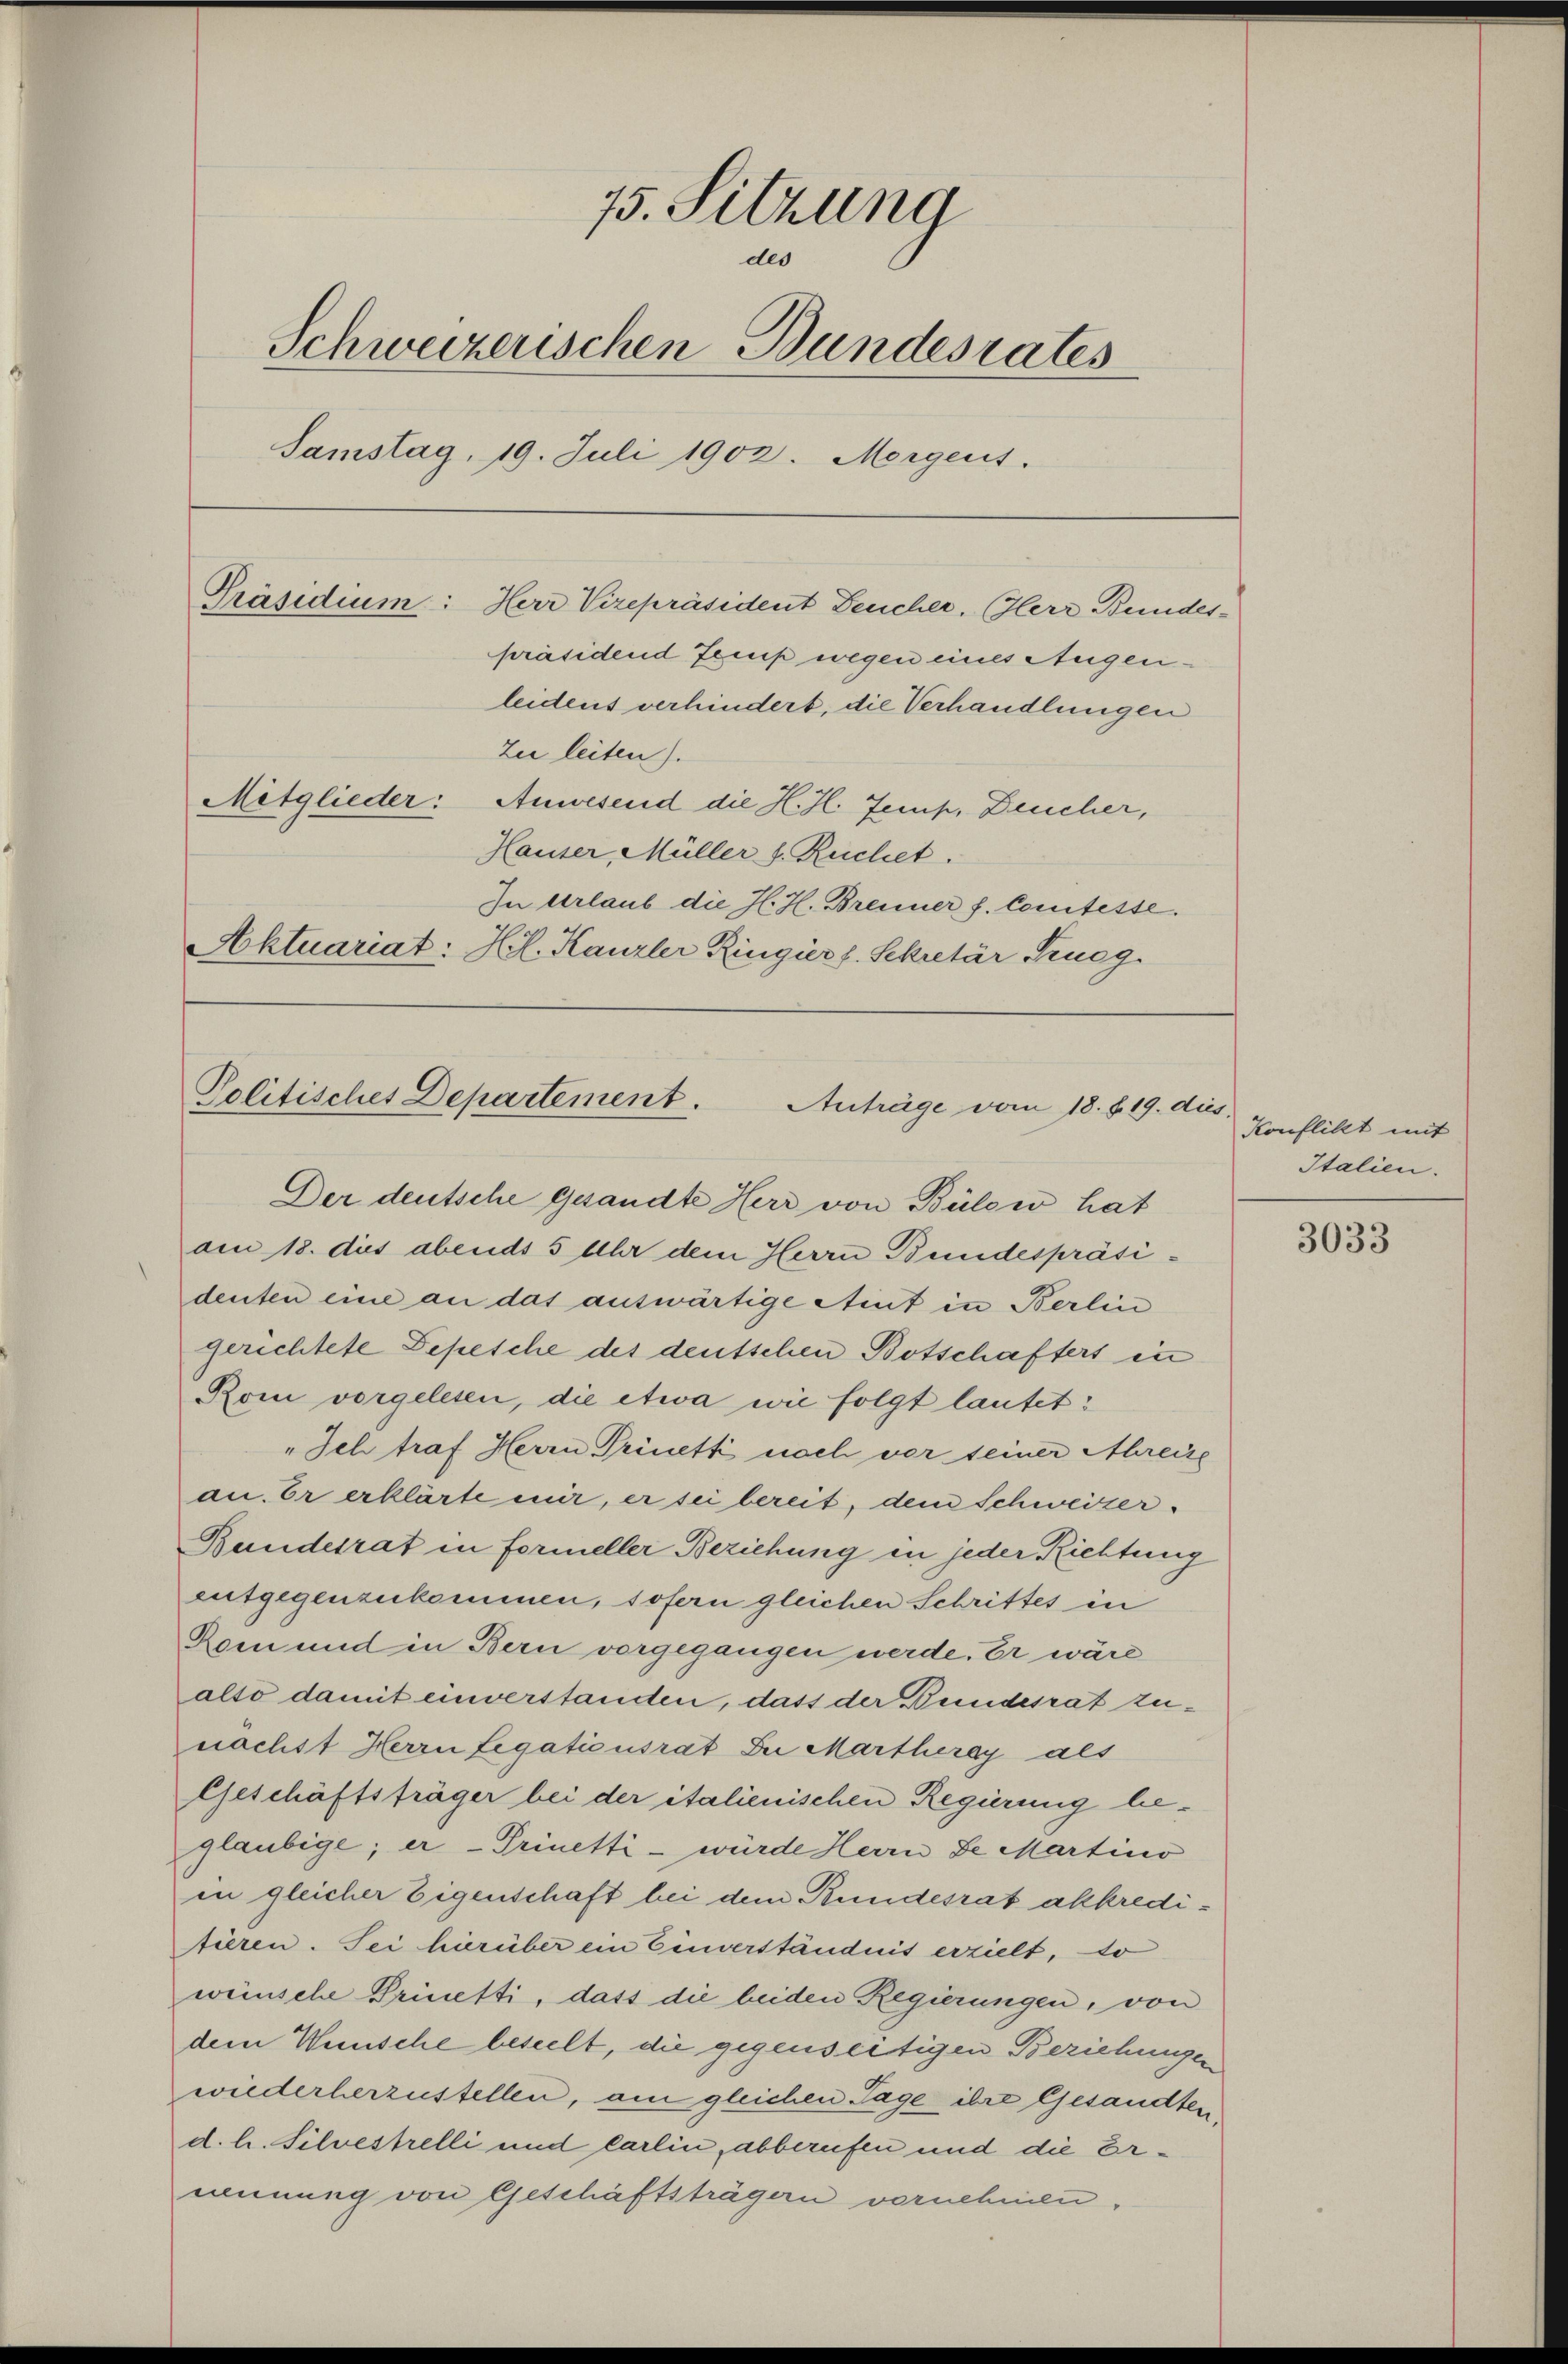
75. Sitzung
des
Schweizerischen Bundesrates
Samstag, 19. Juli 1902. Morgens.
präsidend Zenk wegen eines Augenleidens verhindert, die Verhandlungen
Zee leiten).
Mitglieder: Anwesend die H. H. Zemp, Deucher,
Hauser, Müller s. Ruchet.
In Urlaub die H. H. Brenner f. Comtesse.
Aktuariat: Hl. Kanzler Ringiers. Sekretär Krueg
Politisches Departement.
Autrüge vom 18. 819. dies

Präsidium: Herr Vizepräsident Feucher. (Glerr Bundes¬

Der deutsche gesandte Herr von Bülow hat
am 18. des abends 5 Uhr dem Herrn Bundespräsi¬

denten eine an das auswärtige Aint in Berlin
gerichtete Depesche des deutschen Botschafters in
Rom vorgelesen, die etwa wie folgt lautet:
„Ich traf Herrn Prinetti nach vor seiner Ahreize
an. Er erklärte mir, er sei bereit, dem Schweizer.
Bundesrat in Formeller Beziehung in jeder Richtung
entgegenzukommen, sofern gleichen Schrittes in
Rom und in Bern vorgegangen werde. Er wäre
alto damit einverstanden, dass der Bundesrat zunächst Herrn Legationsrat Dr Martheray als
Geschäftsträger bei der italienischen Regierung beglaubige; er - Trinetti - würde Herrn Se Martino
in gleicher Eigenschaft bei dem Bundesrat akkredifieren. Sei hierüber ein Einverständnis erzielt, so
wünsche Prinetti, dass die beiden Regierungen, von
dem Wunsche beseelt, die gegenseitigen Beziehungen
wiederherzustellen, am gleichen Tage ihre Gesandten
d. h. Silvestelli und Carlin, abberufen und die Ernennung von Geschäftsträgern vernehmen,

Konflikt mit
Italien.

3033